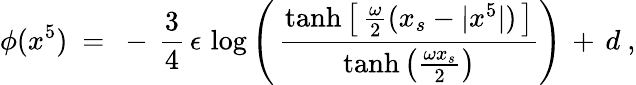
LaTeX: \phi(x^{5})\ =\ -\, \frac{3}{4}\, \epsilon\, \log\left(\, \frac{\operatorname{tanh}\left[\, \frac{\omega}{2}(x_{s}-|x^{5}|)\, \right]}{\operatorname{tanh}\left(\frac{\omega x_{s}}{2}\right)}\right)\, +\, d\ ,